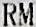
RM